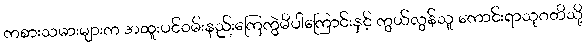
ကစားသမားများက အထူးပင်ဝမ်းနည်းကြေကွဲမိပါကြောင်းနှင့် ကွယ်လွန်သူ ကောင်းရာသုဂတိသို့